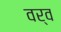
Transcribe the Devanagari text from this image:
वर्व